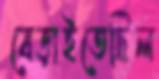
বেড়াইতেছিল